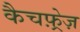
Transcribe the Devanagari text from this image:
कैचफ़्रेज़